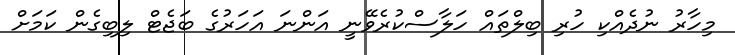
މިހާރު ނުދެއްކި ހުރި ބިލްތައް ހަލާސްކުރެވޭނީ އަންނަ އަހަރުގެ ބަޖެޓް ލިބިގެން ކަމަށް